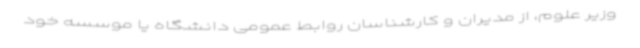
وزیر علوم، از مدیران و کارشناسان روابط عمومی دانشگاه یا موسسه خود